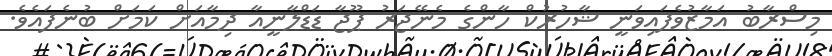
މިސްރާބު އަމާޒުވެފައިވަނީ ޝާހުރުކް ހާންގެ މެނޭޖަރު ޕޫޖާ ޑަޑްލާނީއާ ދިމާއަށް ކަމަށް ބުނެފައެވެ.